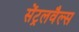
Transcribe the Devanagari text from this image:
सेंट्रलवैल्स